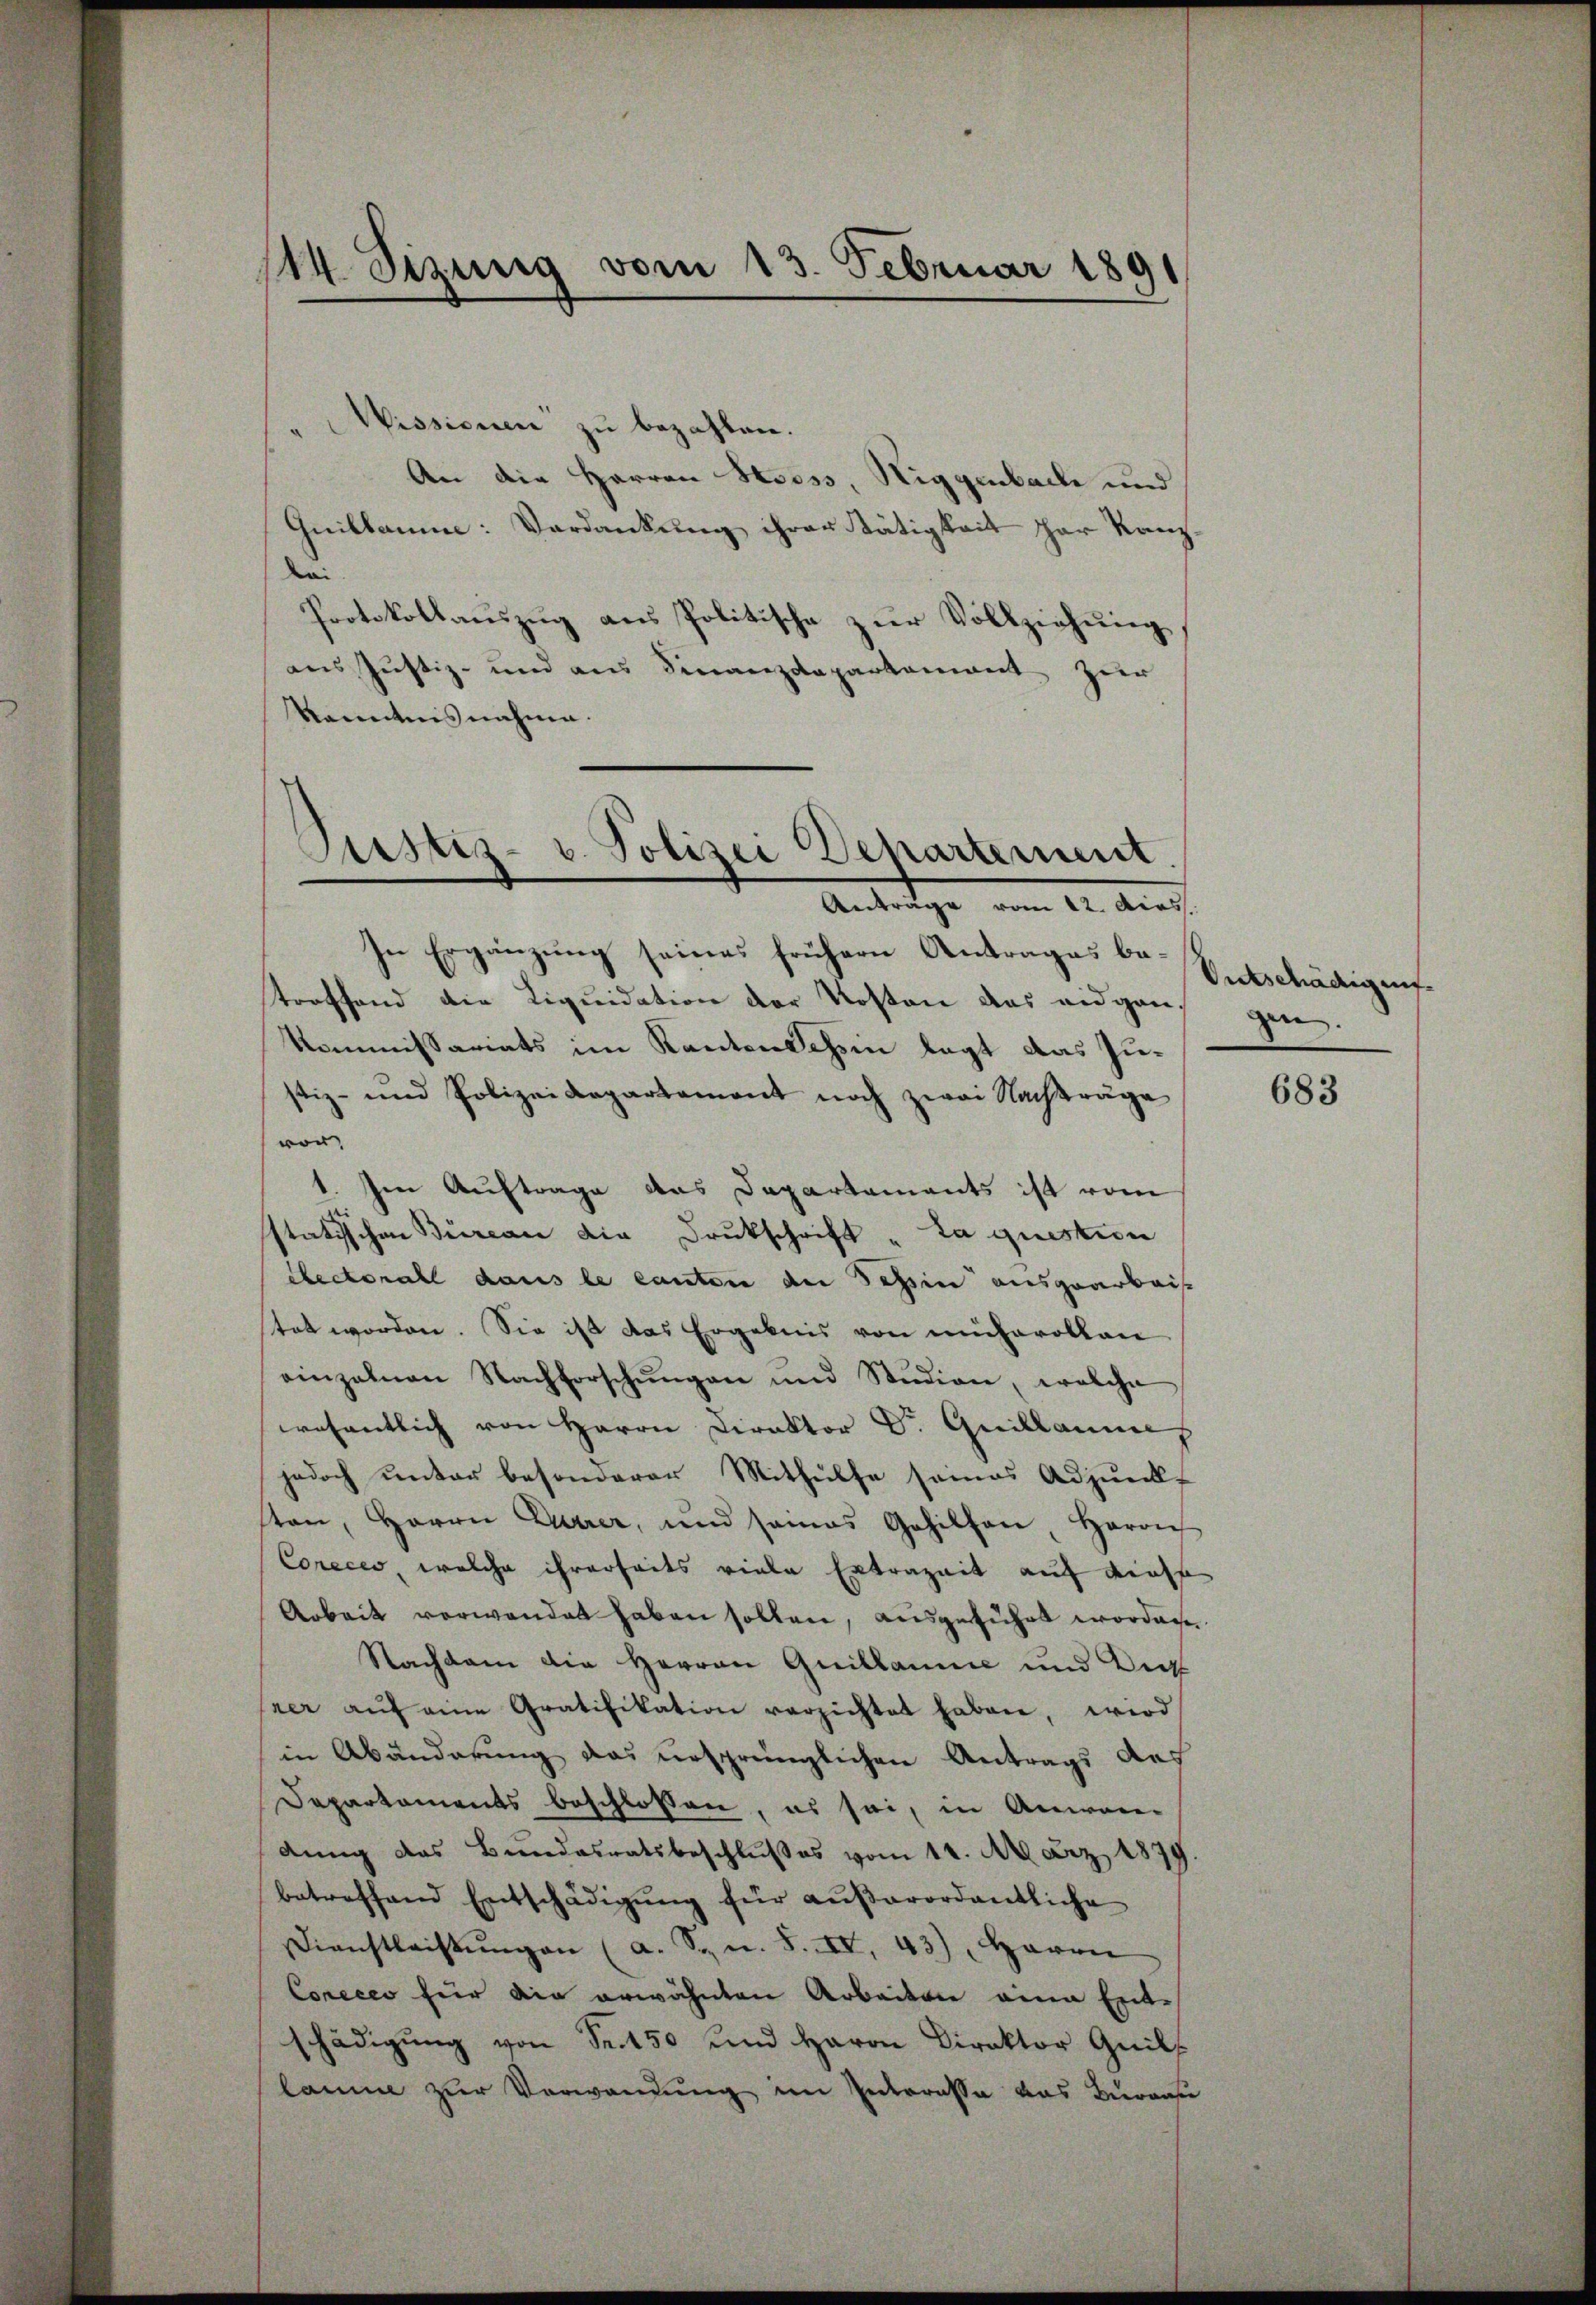
114. Sizung vom 13. Februar 1891
.

Wissionen zu bezahlen.
An die Herren Stooss, Niggenbach und
Quillam: Verdankung ihrer Stätigkeit her Kanz¬
Kai
Protokollauszug aus Politische zur Vollziehung,
aus Justiz- und aus Finanzdepartement zur
kanntnisnahme.

Justiz- u. Polizei Departement
n
Anträge vom 22. dies

In Ergänzung seines frühern Antrages betroffend die Liquidation der Kosten das eidgangen.
Kommissariats im Kantonschein legt das Justiz- und Polizeidepartament noch zwai Nachträge
von.
1. Im Auftrage das Departaments ist vom
statischen Büreau die Drukschrift „La question
Rectorall dans le canton der Tessin ausgearbeis
stet worden. Sie ist das Ergebnis von mühevollen
einzelnen Nachforschŭngen und Stŭdion, welche
wesentlich von Herrn Direktor Dr. Guillamme
jedoch unter besonderer Mithülfe seines Adjunkt
ston, Herrn Currer, und samas Gehilfen, Herrn
Coreces, welche ihrerseits viele Ertrageit auf diese
Arbeit verwendet haben sollen, ausgeführt worden.
Nachdem die Herren Quillanne und Dic
rer aŭf eine Gratifikation verzichtet haben, wird
in Abänderung das ursprünglichen Antrags des
Departaments beschlossen, es sei, in Anwen-
dung des Bundesratsbeschlußes vom 14. März 1879.
betreffend Entschädigŭng für außerordentliche
Dienstleistŭngen (a. S. n. F. IV. 43), Herrn
Coneces für ein erwähnten Arbeiten eine Entschädigŭng von Sr. 450 und Herrn Direktor Quilf
laume zur Verwandung im Interesse das Bureau

Ontschädigung.

683